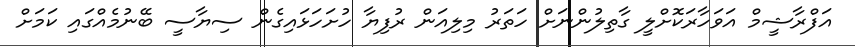
އަފްރާޝީމް އަވަހާރަކޮށްލީ ގާތިލުންނަށް ހަތަރު މިލިއަން ރުފިޔާ ހުށަހަޅައިގެން ސިޔާސީ ބޭނުމެއްގައި ކަމަށް